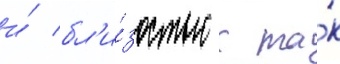
и́ бл'и́зостью к та́к